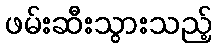
ဖမ်းဆီးသွားသည့်